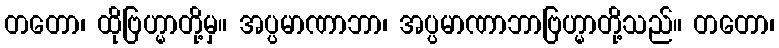
တတော၊ ထိုဗြဟ္မာတို့မှ။ အပ္ပမာဏာဘာ၊ အပ္ပမာဏာဘာဗြဟ္မာတို့သည်။ တတော၊